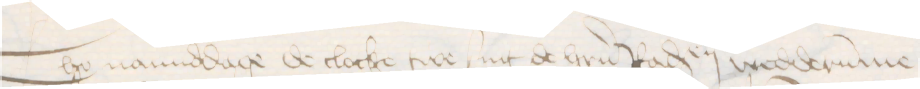
Tho namiddage de clocke twe sint de herrn Radsendeboden wedderumme